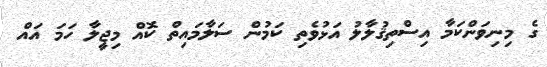
ގެ މިނިވަންކަމާ އިސްތިޤުލާލު އަޅުވެތި ކަމުން ސަލާމައިތް ކޮއް މިޖީލާ ހަމަ އައް